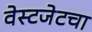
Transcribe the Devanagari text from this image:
वेस्टजेटचा